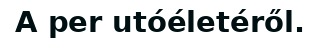
A per utóéletéről.